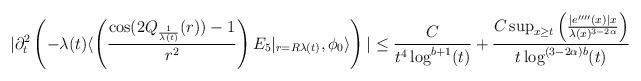
LaTeX: \begin{align*} |\partial_{t}^{2}\left(-\lambda(t) \langle \left(\frac{\cos(2Q_{\frac{1}{\lambda(t)}}(r))-1}{r^{2}}\right)E_{5}\vert_{r=R\lambda(t)},\phi_{0}\rangle\right)| \leq \frac{C}{t^{4} \log^{b+1}(t)} + \frac{C \sup_{x \geq t} \left(\frac{|e''''(x)| x}{\lambda(x)^{3-2\alpha}}\right)}{t \log^{(3-2\alpha)b}(t)} \end{align*}